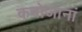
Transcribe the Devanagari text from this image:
कबोजानां